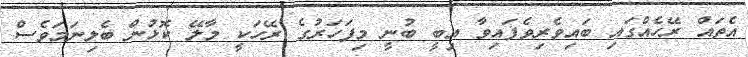
އެތައް ރޭހެއްގައި ބައިވެރިވެފައިވާ އިބީ ބުނީ މިފަހަރުގެ ރޭހަކީ މާލޭ ކޮޅުން ބެލިނަމަވެސް